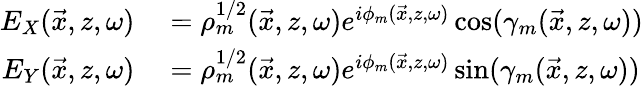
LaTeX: \begin{array}{rl}{E_{X}(\vec{x},z,\omega)}&{{}=\rho_{m}^{1/2}(\vec{x},z,\omega)e^{i\phi_{m}(\vec{x},z,\omega)}\cos(\gamma_{m}(\vec{x},z,\omega))}\\ {E_{Y}(\vec{x},z,\omega)}&{{}=\rho_{m}^{1/2}(\vec{x},z,\omega)e^{i\phi_{m}(\vec{x},z,\omega)}\sin(\gamma_{m}(\vec{x},z,\omega))}\end{array}